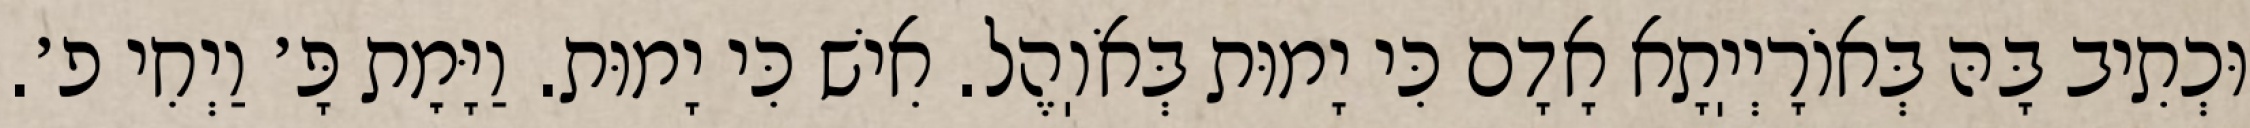
וּכְתִיב בָּהּ בְּאוֹרָיְיֽתָא אָדָם כִּי יָמוּת בְּאֹוֽהֶל. אִישׁ כִּי יָמוּת. וַיָּמׇת פָּ׳ וַיְחִי פ׳.